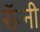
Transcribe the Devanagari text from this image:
राॅन्नी